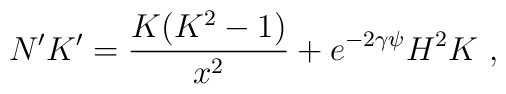
N'K'=\frac{K(K^2-1)}{x^2}+e^{-2\gamma\psi}H^2 K\ ,